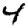
Digit: 4